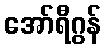
အော်ရီဂွန်